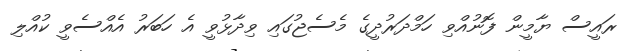
ރައީސް ޔާމީން ފޮނުއްވި ހަމްދަރުދީގެ މެސެޖުގައި ވިދާޅުވީ އެ ހަބަރު އެއްސެވީ ކުއްލި